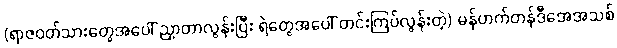
(ရာဇဝတ်သားတွေအပေါ် ညှာတာလွန်းပြီး ရဲတွေအပေါ် တင်းကြပ်လွန်းတဲ့) မန်ဟက်တန်ဒီအေအသစ်